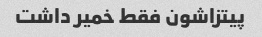
پیتزاشون فقط خمیر داشت